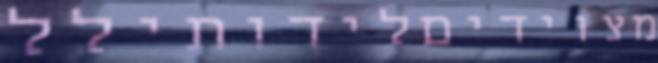
מצוידיםלידותילל